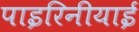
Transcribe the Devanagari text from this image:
पाइरिनीयाई